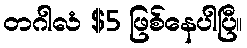
တဂါလံ $5 ဖြစ်နေပါပြီ။